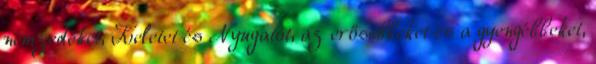
nemzedéket, Keletet és Nyugatot, az erősebbeket és a gyengébbeket,